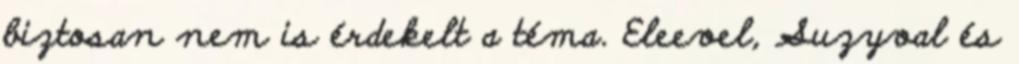
biztosan nem is érdekelt a téma. Eleevel, Suzyval és